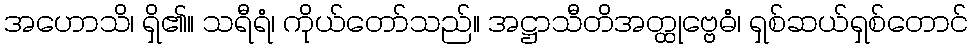
အဟောသိ၊ ရှိ၏။ သရီရံ၊ ကိုယ်တော်သည်။ အဋ္ဌာသီတိအတ္ထုဗ္ဗေဓံ၊ ရှစ်ဆယ်ရှစ်တောင်